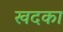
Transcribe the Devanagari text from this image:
खदका